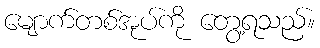
မျောက်တစ်အုပ်ကို တွေ့ရသည်။